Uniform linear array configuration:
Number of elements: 24
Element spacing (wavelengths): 1
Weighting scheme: hamming
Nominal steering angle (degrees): -15
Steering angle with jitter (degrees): -16.608
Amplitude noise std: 0.05
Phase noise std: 0.05

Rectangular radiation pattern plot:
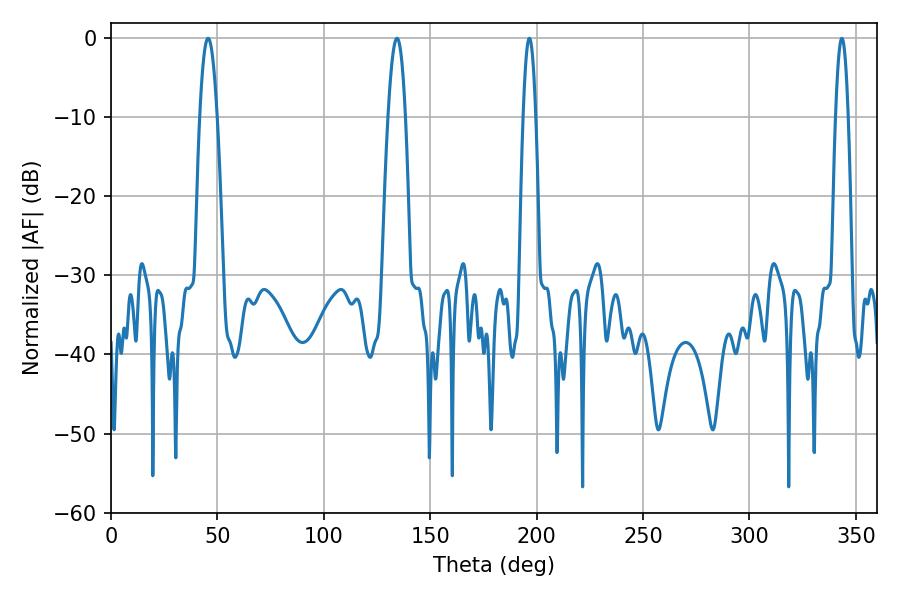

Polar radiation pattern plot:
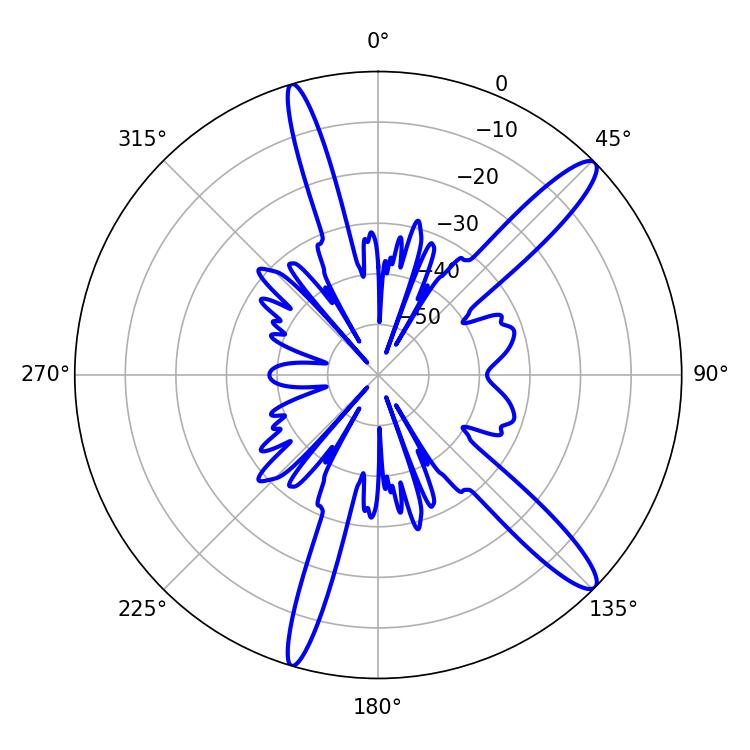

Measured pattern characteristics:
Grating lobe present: TRUE
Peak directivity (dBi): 13.636
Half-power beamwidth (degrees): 3.24
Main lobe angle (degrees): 196.56